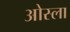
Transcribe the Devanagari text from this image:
ओस्ला